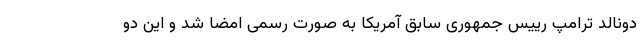
دونالد ترامپ رییس جمهوری سابق آمریکا به صورت رسمی امضا شد و این دو